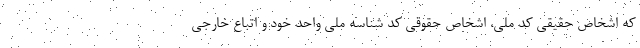
که اشخاص حقیقی کد ملی، اشخاص حقوقی کد شناسه ملی واحد خود و اتباع خارجی